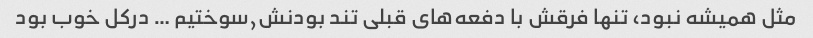
مثل همیشه نبود، تنها فرقش با دفعه‌های قبلی تند بودنش,سوختیم … درکل خوب بود